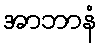
အာဘာနံ